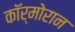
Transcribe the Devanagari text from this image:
कॉर्मोरान